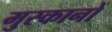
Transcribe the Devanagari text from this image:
मुस्कानों